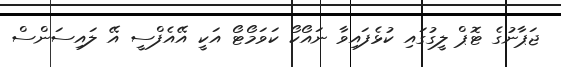
ޖަޕާނުގެ ޓޮޕް ލީގުގައި ކުޅެފައިވާ ނައޯކޯ ކަވަމޯޓޯ އަކީ އޭއެފްސީ އޭ ލައިސަންސް